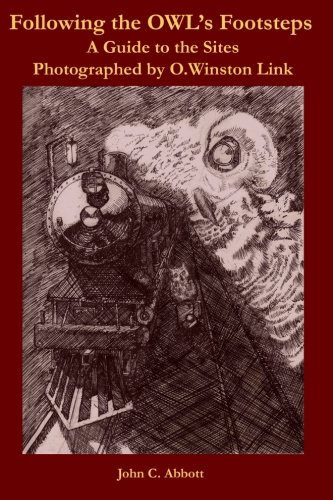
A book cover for Following the OWL's Footsteps: A guidebook to the sites photographed by O. Winston Link; John C. Abbott; Arts & Photography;